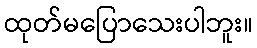
ထုတ်မပြောသေးပါဘူး။